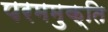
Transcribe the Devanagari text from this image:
परममुक्ति